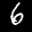
Label: 6